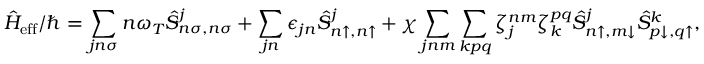
\hat { H } _ { \mathrm { e f f } } / \hbar = \sum _ { j n \sigma } n \omega _ { T } \hat { S } _ { n \sigma , n \sigma } ^ { j } + \sum _ { j n } \epsilon _ { j n } \hat { S } _ { n \uparrow , n \uparrow } ^ { j } + \chi \sum _ { j n m } \sum _ { k p q } \zeta _ { j } ^ { n m } \zeta _ { k } ^ { p q } \hat { S } _ { n \uparrow , m \downarrow } ^ { j } \hat { S } _ { p \downarrow , q \uparrow } ^ { k } ,